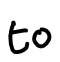
Text: to
Cross-out: clean
Writing tool: digital_black